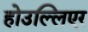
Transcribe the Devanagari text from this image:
होउल्लिएर